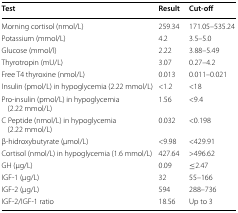
<table><thead><tr><td><b>Test</b></td><td><b>Result</b></td><td><b>Cut-off</b></td></tr></thead><tbody><tr><td>Morning cortisol (nmol/L)</td><td>259.34</td><td>171.05–535.24</td></tr><tr><td>Potassium (mmol/L)</td><td>4.2</td><td>3.5–5.0</td></tr><tr><td>Glucose (mmol/l)</td><td>2.22</td><td>3.88–5.49</td></tr><tr><td>Thyrotropin (mU/L)</td><td>3.07</td><td>0.27–4.2</td></tr><tr><td>Free T4 thyroxine (nmol/L)</td><td>0.013</td><td>0.011–0.021</td></tr><tr><td>Insulin (pmol/L) in hypoglycemia (2.22 mmol/L)</td><td>&lt;1.2</td><td>&lt;18</td></tr><tr><td>Pro-insulin (pmol/L) in hypoglycemia (2.22 mmol/L)</td><td>1.56</td><td>&lt;9.4</td></tr><tr><td>C Peptide (nmol/L) in hypoglycemia (2.22 mmol/L)</td><td>0.032</td><td>&lt;0.198</td></tr><tr><td>β-hidroxybutyrate (μmol/L)</td><td>&lt;9.98</td><td>&lt;429.91</td></tr><tr><td>Cortisol (nmol/L) in hypoglycemia (1.6 mmol/L)</td><td>427.64</td><td>&gt;496.62</td></tr><tr><td>GH (μg/L)</td><td>0.09</td><td>≤2.47</td></tr><tr><td>IGF-1 (μg/L)</td><td>32</td><td>55–166</td></tr><tr><td>IGF-2 (μg/L)</td><td>594</td><td>288–736</td></tr><tr><td>IGF-2/IGF-1 ratio</td><td>18.56</td><td>Up to 3</td></tr></tbody></table>